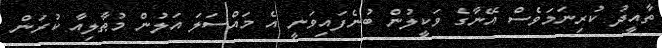
ތާއީދު ކުރިނަމަވެސް އޭނާގެ ވަކީލުން ބުނެފައިވަނީ އެ މައްސަލަ އަލުން މުޠާލިއާ ކުރަން